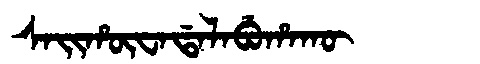
Manchu: ᠰᠠᡳᡥᡡᠸᠠᡩᠠᠯᠠᠪᡠᡥᠠᡴᡡ
Romanization: SAIHŪWADALABUHAKŪ